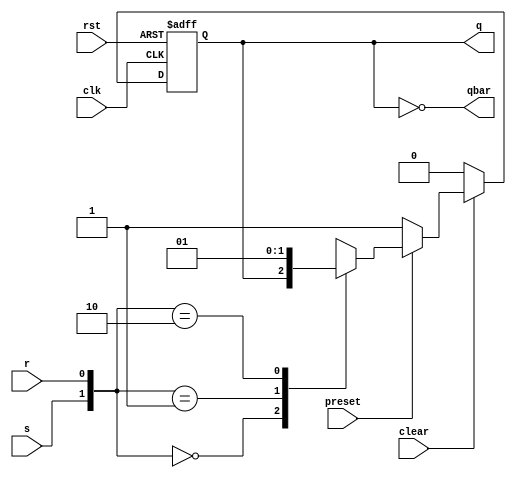
// SR flip flop
module SR_ff(input s,r,rst,clk,preset,clear,
          output reg q,
		  output qbar);
		  
always @(negedge clk or negedge rst) 
 begin
   if(!rst)
       q=1'b0;
	else if(!clear)
	   q=1'b0;
	else if(!preset)
	    q=1'b1;
	else 
	  begin
	  case({s,r})
	  0: q=q;
	  1: q=1'b0;
	  2: q=1'b1;
	  3: q=1'bx;
	  endcase
   end
 end
 
    assign qbar=~q;
endmodule